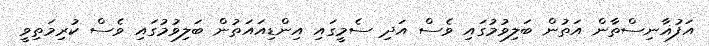
އަފުޣާނިސްތާން އަތުން ބަލިވުމުގައި ވެސް އަދި ސެމީގައި އިންޑިއައަތުން ބަލިވުމުގައި ވެސް ކުރިމަތިވީ